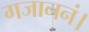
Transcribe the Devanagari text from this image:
गजाननं।